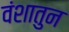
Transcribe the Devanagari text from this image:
वंशातुन